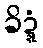
ခိဍ္ဍံ